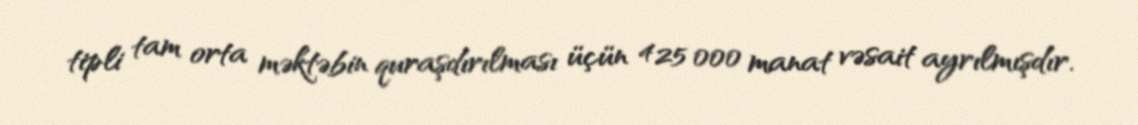
tipli tam orta məktəbin quraşdırılması üçün 425 000 manat vəsait ayrılmışdır.